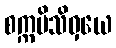
စက္ကမိသိဝှယေ